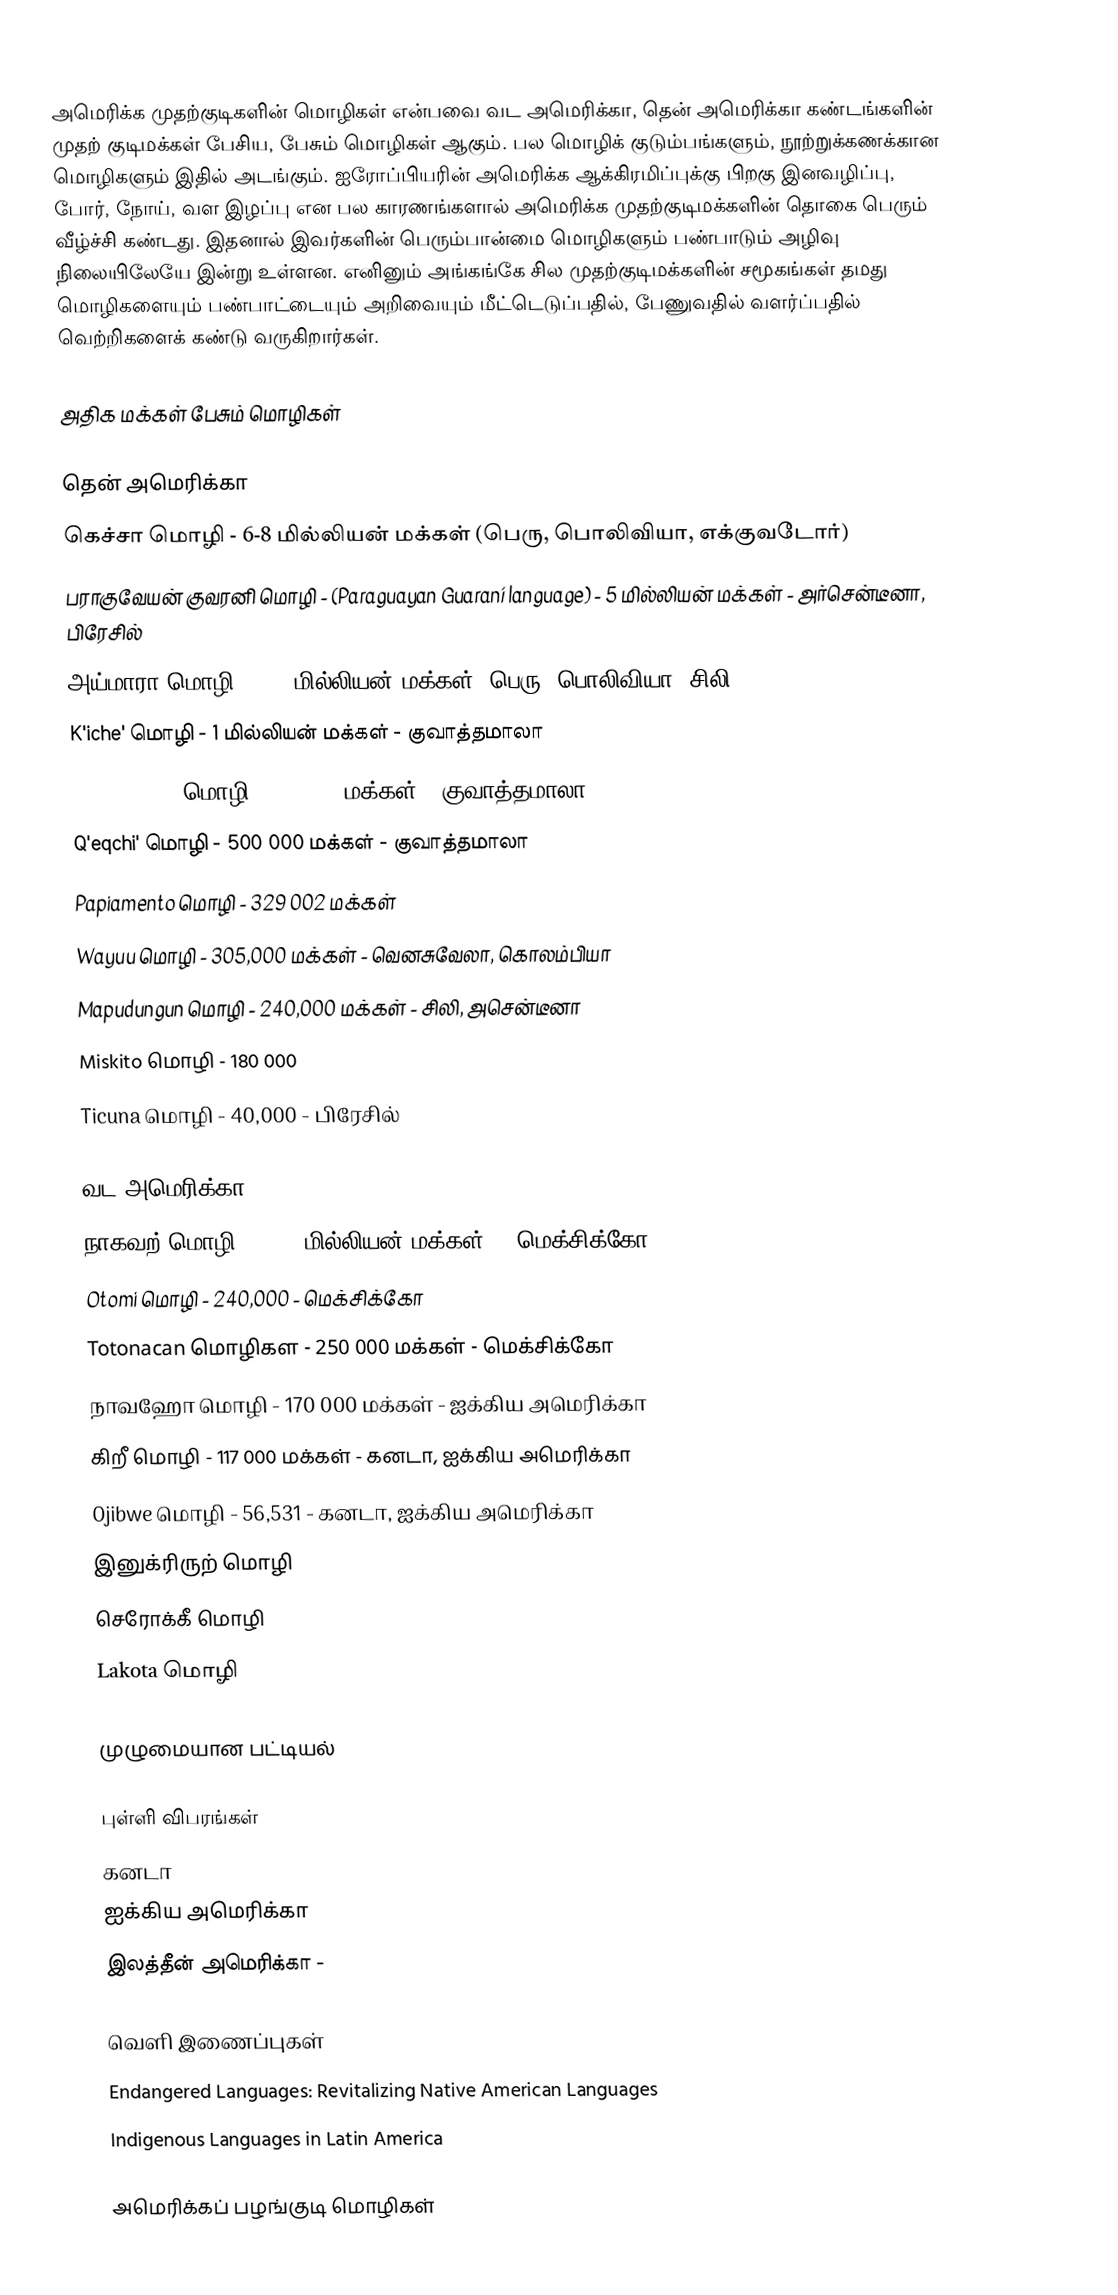
அமெரிக்க முதற்குடிகளின் மொழிகள் என்பவை வட அமெரிக்கா, தென் அமெரிக்கா கண்டங்களின் முதற் குடிமக்கள் பேசிய, பேசும் மொழிகள் ஆகும்.  பல மொழிக் குடும்பங்களும், நூற்றுக்கணக்கான மொழிகளும் இதில் அடங்கும். ஐரோப்பியரின் அமெரிக்க ஆக்கிரமிப்புக்கு பிறகு இனவழிப்பு, போர், நோய், வள இழப்பு என பல காரணங்களால் அமெரிக்க முதற்குடிமக்களின் தொகை பெரும் வீழ்ச்சி கண்டது.  இதனால் இவர்களின் பெரும்பான்மை மொழிகளும் பண்பாடும் அழிவு நிலையிலேயே இன்று உள்ளன.  எனினும் அங்கங்கே சில முதற்குடிமக்களின் சமூகங்கள் தமது மொழிகளையும் பண்பாட்டையும் அறிவையும் மீட்டெடுப்பதில், பேணுவதில் வளர்ப்பதில் வெற்றிகளைக் கண்டு வருகிறார்கள்.

அதிக மக்கள் பேசும் மொழிகள்

தென் அமெரிக்கா
 கெச்சா மொழி - 6-8 மில்லியன் மக்கள் (பெரு, பொலிவியா, எக்குவடோர்)
 பராகுவேயன் குவரனி மொழி - (Paraguayan Guaraní language) - 5 மில்லியன் மக்கள் - அர்சென்டீனா, பிரேசில்
 அய்மாரா மொழி- 2.25 மில்லியன் மக்கள் (பெரு, பொலிவியா, சிலி)
 K'iche' மொழி - 1 மில்லியன் மக்கள் - குவாத்தமாலா
 Yucatec Maya மொழி - 800 000 மக்கள் - குவாத்தமாலா
 Q'eqchi' மொழி - 500 000 மக்கள் - குவாத்தமாலா
 Papiamento மொழி - 	329 002 மக்கள்
 Wayuu மொழி - 305,000 மக்கள் - வெனசுவேலா, கொலம்பியா
 Mapudungun மொழி - 240,000 மக்கள் - சிலி, அசென்டீனா
 Miskito மொழி - 180 000
 Ticuna மொழி - 40,000 - பிரேசில்

வட அமெரிக்கா
 நாகவற் மொழி - 1.45 மில்லியன் மக்கள் - (மெக்சிக்கோ)
 Otomi மொழி - 240,000 - மெக்சிக்கோ
 Totonacan மொழிகள - 250 000 மக்கள் - மெக்சிக்கோ
 நாவஹோ மொழி - 170 000 மக்கள் - ஐக்கிய அமெரிக்கா
 கிறீ மொழி - 117 000 மக்கள் - கனடா, ஐக்கிய அமெரிக்கா
 Ojibwe மொழி - 56,531  - கனடா, ஐக்கிய அமெரிக்கா
 இனுக்ரிருற் மொழி
 செரோக்கீ மொழி
 Lakota மொழி

முழுமையான பட்டியல்

புள்ளி விபரங்கள்
 கனடா
 ஐக்கிய அமெரிக்கா
 இலத்தீன் அமெரிக்கா -

வெளி இணைப்புகள்
 Endangered Languages: Revitalizing Native American Languages
 Indigenous Languages in Latin America

அமெரிக்கப் பழங்குடி மொழிகள்